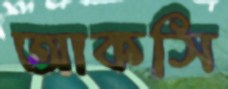
আকসি